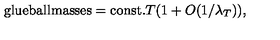
\mathrm { g l u e b a l l m a s s e s = c o n s t . } T ( 1 + O ( 1 / \lambda _ { T } ) ) ,